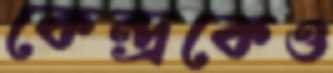
কেন্দ্রকেও